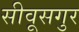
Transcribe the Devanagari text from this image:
सीवूसगुर